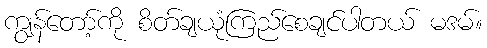
ကျွန်တော့်ကို စိတ်ချယုံကြည်စေချင်ပါတယ် မဒမ်။